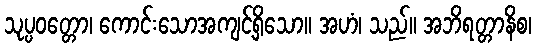
သုပ္ပဝတ္တော၊ ကောင်းသောအကျင့်ရှိသော။ အဟံ၊ သည်။ အဘိရတ္တာနိစ၊